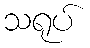
သရုပ်